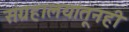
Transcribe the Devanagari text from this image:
संग्रहालयांतूनही